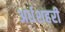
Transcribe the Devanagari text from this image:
अर्धशहरी